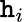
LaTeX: \mathtt{h}_{i}